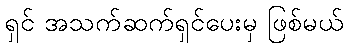
ရှင် အသက်ဆက်ရှင်ပေးမှ ဖြစ်မယ်